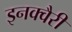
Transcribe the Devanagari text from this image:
इनक्वैरी